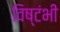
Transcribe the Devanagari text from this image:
विष्टंभी